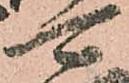
可